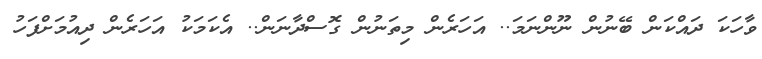
ވާހަކަ ދައްކަން ބޭނުން ނޫންނަމަ.. އަހަރެން މިތަނުން ގޮސްދާނަން.. އެކަމަކު އަހަރެން ދިއުމަށްފަހު